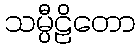
သမ္ပီဠိတော